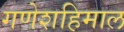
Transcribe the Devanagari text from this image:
गणेशहिमाल